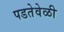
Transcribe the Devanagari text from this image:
पडतेवेळी